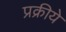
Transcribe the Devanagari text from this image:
प्रक्रीये